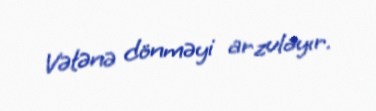
Vətənə dönməyi arzulayır.